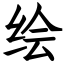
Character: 绘